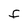
Character: f